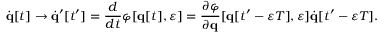
{ \dot { \mathbf { q } } } [ t ] \rightarrow { \dot { \mathbf { q } } } ^ { \prime } [ t ^ { \prime } ] = { \frac { d } { d t } } \varphi [ \mathbf { q } [ t ] , \varepsilon ] = { \frac { \partial \varphi } { \partial \mathbf { q } } } [ \mathbf { q } [ t ^ { \prime } - \varepsilon T ] , \varepsilon ] { \dot { \mathbf { q } } } [ t ^ { \prime } - \varepsilon T ] .